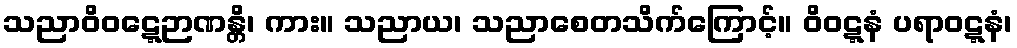
သညာဝိဝဋ္ဋေဉာဏန္တိ၊ ကား။ သညာယ၊ သညာစေတသိက်ကြောင့်။ ဝိဝဋ္ဋနံ ပရာဝဋ္ဋနံ၊